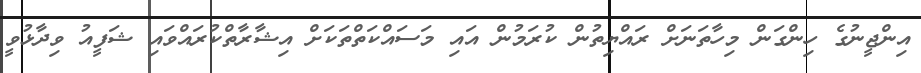
އިންޖީނުގެ ހިންގަން މިހާތަނަށް ރައްޔިތުން ކުރަމުން އައި މަސައްކަތްތަކަށް އިޝާރާތްކުރައްވައި ޝަފީއު ވިދާޅުވީ